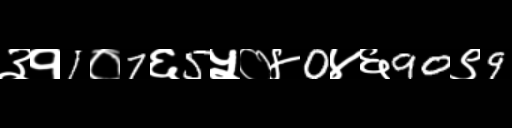
Text: ३१1०7६5५०४0४६90९9